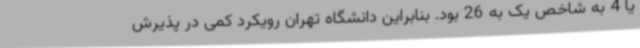
یا 4 به شاخص یک به 26 بود. بنابراین دانشگاه تهران رویکرد کمی در پذیرش